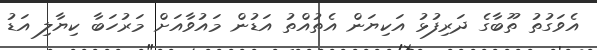
އެވަގުތު ތޫބާގެ ދަރިފުޅު އަކިޔަން އެތުއްތު އަޑުން މައުވާއަށް މަރުހަބާ ކިޔާލި އަޑު